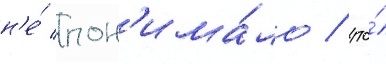
н'е́ пон'има́ло / что́